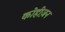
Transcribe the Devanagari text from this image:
कोहीज़न